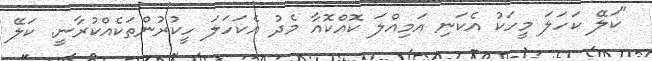
"ކަލޭ ކަހަލަ މީހަކު އެކަނި އަމިއްލަ ކޮއްކޮއާ މެދު އެކަހަލަ ހީކުރުންތަކެއްކުރާނީ. ކަލޭ